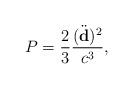
LaTeX: \begin{align*}P={2\over3}{(\ddot{\bf d})^2\over c^3},\end{align*}